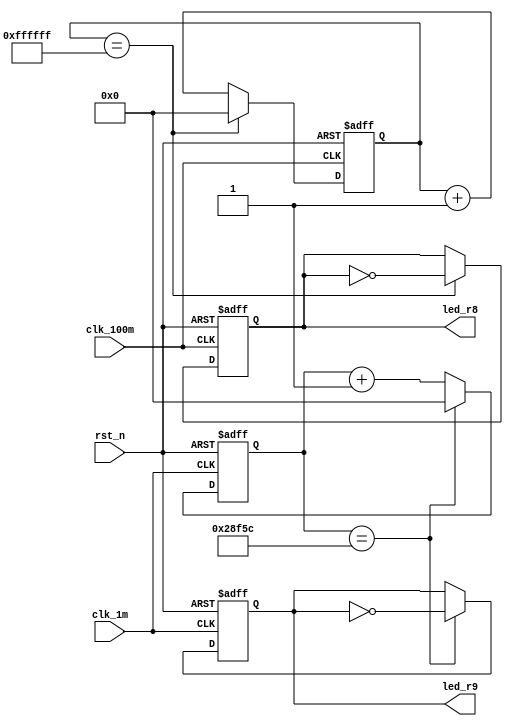
/////////////////////////////////////////////////////////
//	Description		: RCB Registers.
//	Revision		: 1.0
//	Hierarchy		: rcb_test_de10
//	Last Update		: 19/10/2022 
//////////////////////////////////////////////////////////

module rcb_test_de10(
	//System signals
    clk_100m,       	// system clock
    rst_n,      		// low active synchronous reset
	clk_1m, 
	led_r8,
	led_r9

);
	
//`include  "rcb_parameters.v"	
	
input 			clk_100m; 
input 			rst_n; 
input			clk_1m; 

output 			led_r8; 
output			led_r9;

reg[31:0]		cnt_100m;
reg[31:0]		cnt_100k;

reg 			led_r8; 
reg				led_r9;

always @(posedge clk_100m, negedge rst_n)
	if(!rst_n)
	begin
		cnt_100m <= 32'b0;
		led_r8 <= 1'b0;
	end
	else
	begin
		if(cnt_100m == 32'h00FFFFFF)//h05F5E100)
		begin
			cnt_100m <= 32'b0;
			led_r8 <= !led_r8;
		end
		else	
			cnt_100m <= cnt_100m + 1;
	end
	

always @(posedge clk_1m, negedge rst_n)
	if(!rst_n)
	begin
		cnt_100k <= 32'b0;
		led_r9 <= 1'b0;
	end
	else
	begin
		if(cnt_100k == 32'h00028F5C)
		begin
			cnt_100k <= 32'b0;
			led_r9 <= !led_r9;
		end
		else	
			cnt_100k <= cnt_100k + 1;
	end


endmodule